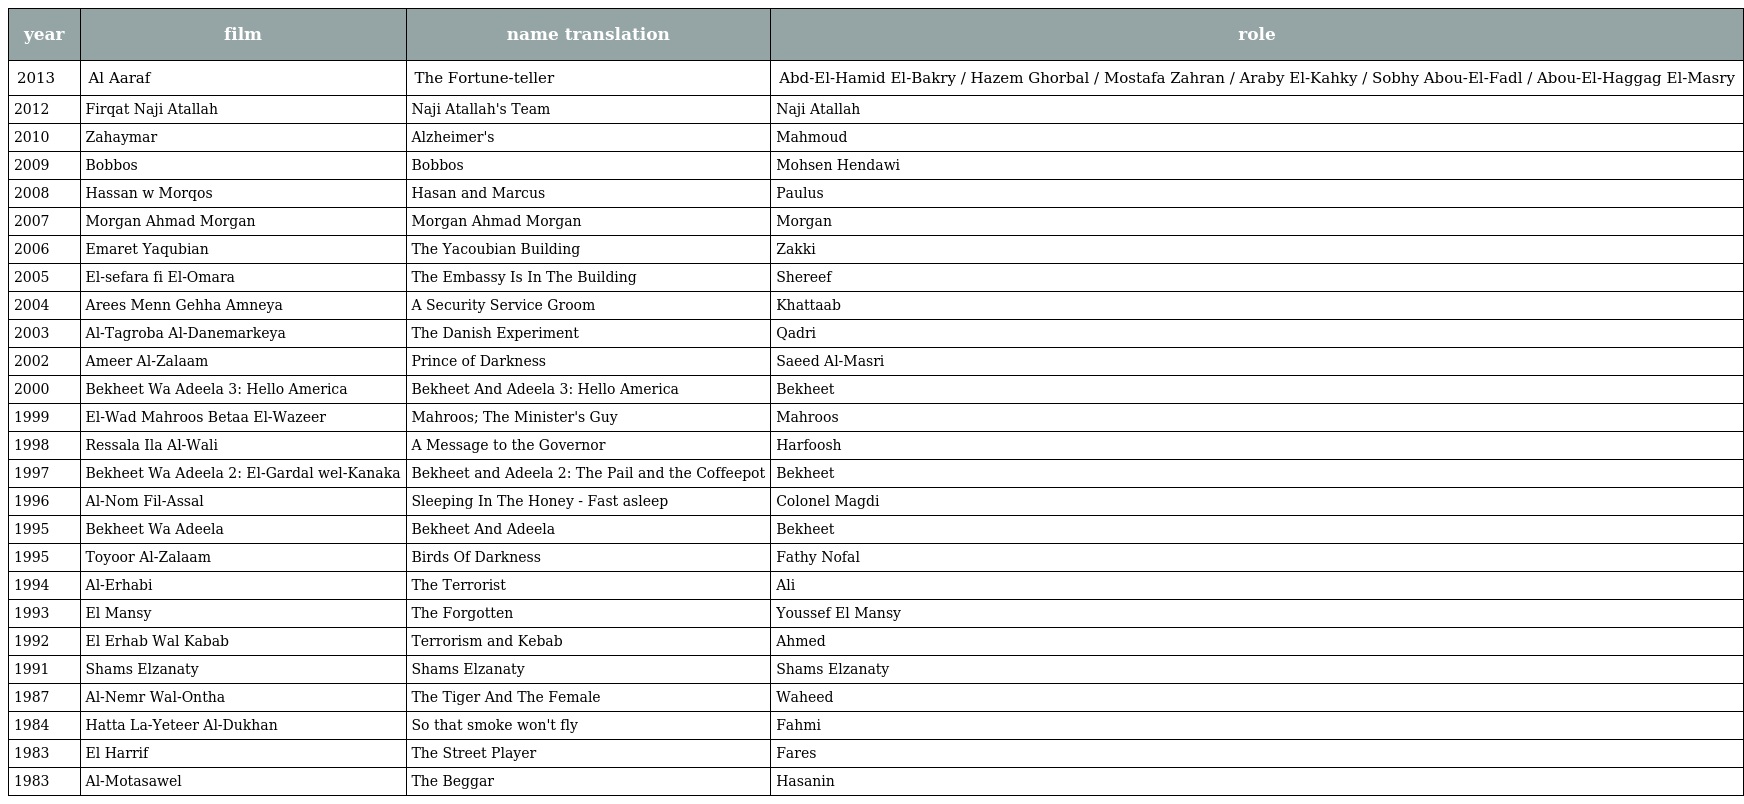
| year | film | name translation | role |
 | --- | --- | --- | --- |
 | 2013 | Al Aaraf | The Fortune-teller | Abd-El-Hamid El-Bakry / Hazem Ghorbal / Mostafa Zahran / Araby El-Kahky / Sobhy Abou-El-Fadl / Abou-El-Haggag El-Masry |
 | 2012 | Firqat Naji Atallah | Naji Atallah's Team | Naji Atallah |
 | 2010 | Zahaymar | Alzheimer's | Mahmoud |
 | 2009 | Bobbos | Bobbos | Mohsen Hendawi |
 | 2008 | Hassan w Morqos | Hasan and Marcus | Paulus |
 | 2007 | Morgan Ahmad Morgan | Morgan Ahmad Morgan | Morgan |
 | 2006 | Emaret Yaqubian | The Yacoubian Building | Zakki |
 | 2005 | El-sefara fi El-Omara | The Embassy Is In The Building | Shereef |
 | 2004 | Arees Menn Gehha Amneya | A Security Service Groom | Khattaab |
 | 2003 | Al-Tagroba Al-Danemarkeya | The Danish Experiment | Qadri |
 | 2002 | Ameer Al-Zalaam | Prince of Darkness | Saeed Al-Masri |
 | 2000 | Bekheet Wa Adeela 3: Hello America | Bekheet And Adeela 3: Hello America | Bekheet |
 | 1999 | El-Wad Mahroos Betaa El-Wazeer | Mahroos; The Minister's Guy | Mahroos |
 | 1998 | Ressala Ila Al-Wali | A Message to the Governor | Harfoosh |
 | 1997 | Bekheet Wa Adeela 2: El-Gardal wel-Kanaka | Bekheet and Adeela 2: The Pail and the Coffeepot | Bekheet |
 | 1996 | Al-Nom Fil-Assal | Sleeping In The Honey - Fast asleep | Colonel Magdi |
 | 1995 | Bekheet Wa Adeela | Bekheet And Adeela | Bekheet |
 | 1995 | Toyoor Al-Zalaam | Birds Of Darkness | Fathy Nofal |
 | 1994 | Al-Erhabi | The Terrorist | Ali |
 | 1993 | El Mansy | The Forgotten | Youssef El Mansy |
 | 1992 | El Erhab Wal Kabab | Terrorism and Kebab | Ahmed |
 | 1991 | Shams Elzanaty | Shams Elzanaty | Shams Elzanaty |
 | 1987 | Al-Nemr Wal-Ontha | The Tiger And The Female | Waheed |
 | 1984 | Hatta La-Yeteer Al-Dukhan | So that smoke won't fly | Fahmi |
 | 1983 | El Harrif | The Street Player | Fares |
 | 1983 | Al-Motasawel | The Beggar | Hasanin |